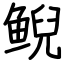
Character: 鲵